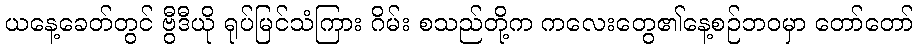
ယနေ့ခေတ်တွင် ဗွီဒီယို ရုပ်မြင်သံကြား ဂိမ်း စသည်တို့က ကလေးတွေ၏နေ့စဉ်ဘဝမှာ တော်တော်